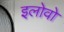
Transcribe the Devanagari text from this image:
इलोवो